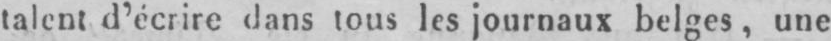
talent d’écrire dans tous les journaux belges, une